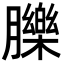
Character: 䑈